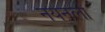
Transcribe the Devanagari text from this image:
नयनला